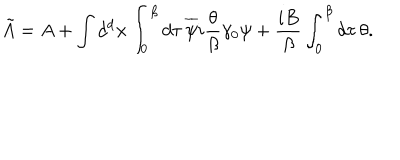
LaTeX: \tilde { A } = A + \int d ^ { d } { \bf x } \int _ { 0 } ^ { \beta } d \tau { \, } \overline { { { \psi } } } i \frac { \theta } { \beta } \gamma _ { 0 } \psi + \frac { i B } { \beta } \int _ { 0 } ^ { \beta } d \tau { \, } \theta .